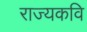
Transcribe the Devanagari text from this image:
राज्यकवि